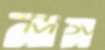
নাম